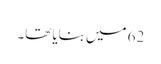
62 میں بنایا تھا۔